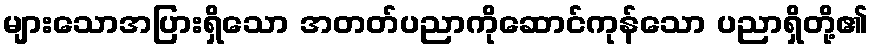
များသောအပြားရှိသော အတတ်ပညာကိုဆောင်ကုန်သော ပညာရှိတို့၏